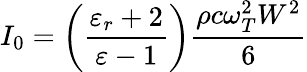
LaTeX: I_{0}=\left(\frac{\varepsilon_{r}+2}{\varepsilon-1}\right)\frac{\rho c\omega_{T}^{2}W^{2}}{6}